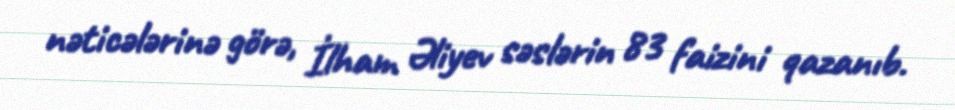
nəticələrinə görə, İlham Əliyev səslərin 83 faizini qazanıb.